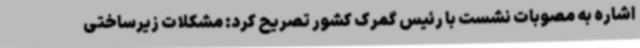
اشاره به مصوبات نشست با رئیس گمرک کشور تصریح کرد: مشکلات زیرساختی